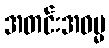
အတင်းအဓမ္မ